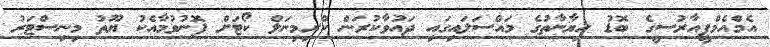
އެމްއެމްޕީއާރުސީގެ ބޮޑު ހިޔާނާތުގެ މައްސަލައިގައި ދައުވާކުރަން ކްރިމިނަލް ކޯޓަށް ފޮނުވުމާއެކު ޔޫތު މިނިސްޓަރު